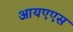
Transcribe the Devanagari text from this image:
आयएएस